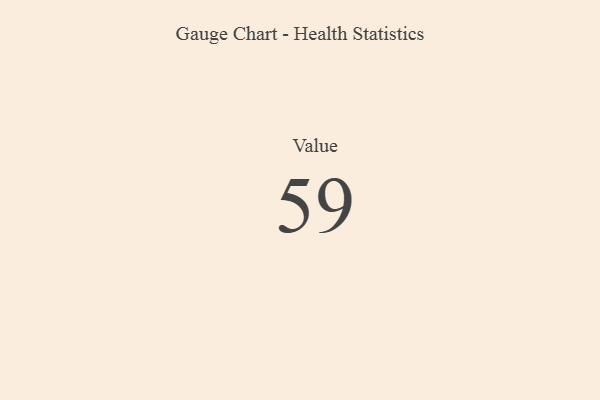
{"axis": {"x": "Metric", "y": "Value"}, "legend": [""], "data": [{"x": "Value", "y": 59, "type": ""}]}